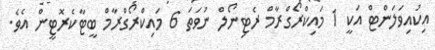
އިކުއިވަލަންޓް އަކީ 1 މައިކްރޯގްރާމް ރެޓިނޯލް ނުވަތަ 6 މައިކްރޯގްރާމް ބީޓާކެރޮޓީން އެވެ.